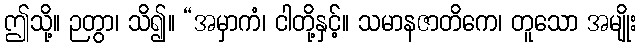
ဤသို့။ ဉတွာ၊ သိ၍။ “အမှာကံ၊ ငါတို့နှင့်။ သမာနဇာတိကေ၊ တူသော အမျိုး